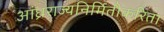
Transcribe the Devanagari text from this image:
आंध्रराज्यनिर्मितीकरिता